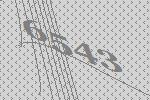
6543